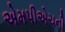
એમપીએચની